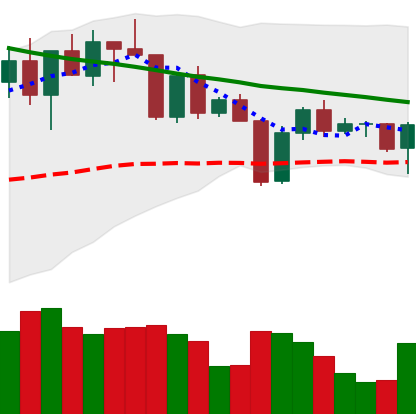
Ticker: BNB-USD
Chart end date: 2022-04-18
Forward return: -3.673%
Label: down_3_5